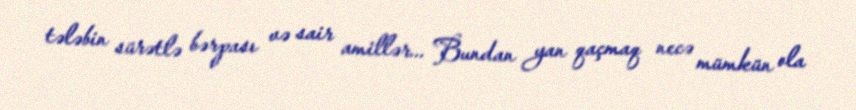
tələbin sürətlə bərpası və sair amillər... Bundan yan qaçmaq necə mümkün ola